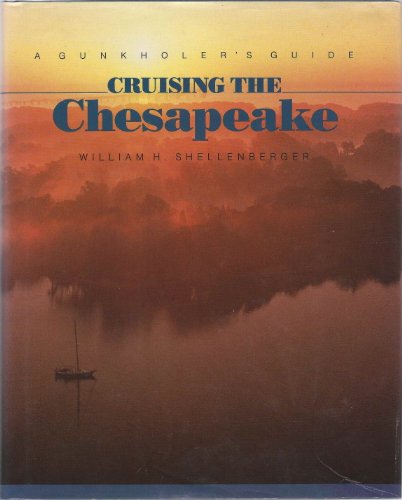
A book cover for Gunkholer Guide Cruising the Chesapeake; Willi Shellenberger; Travel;